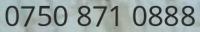
0750 871 0888